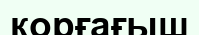
корғағыш